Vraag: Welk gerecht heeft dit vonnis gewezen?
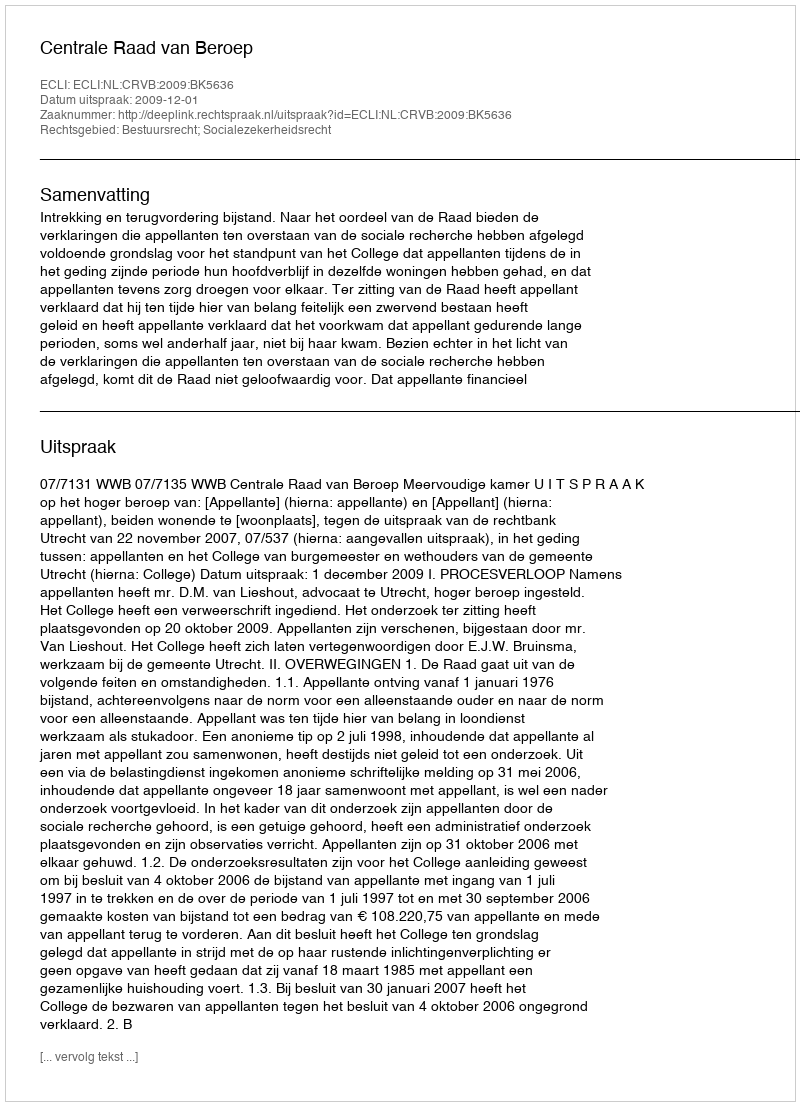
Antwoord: Centrale Raad van Beroep